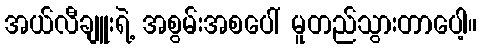
အယ်လီချူးရဲ့ အစွမ်းအစပေါ် မူတည်သွားတာပေါ့။